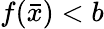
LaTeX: f({\bar{x}})<b